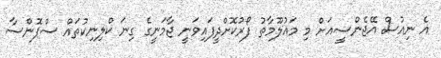
އެ ނިއުސް އޭޖެންސީއަށް މި މައުލޫމާތު ފޯރުކޮށްދީފައިވަނީ ޖާމަނީގެ ގިނަ ކްލިނިކުތައް ސްޕޮންސާ